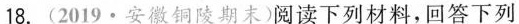
18.(2019·安徽铜陵期末)阅读下列材料，回答下列